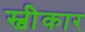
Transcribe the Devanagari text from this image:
स्वीेकार